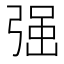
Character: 𭚼